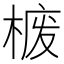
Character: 𪲮